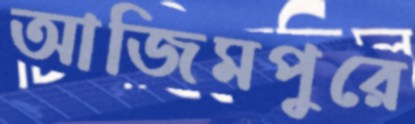
আজিমপুরে